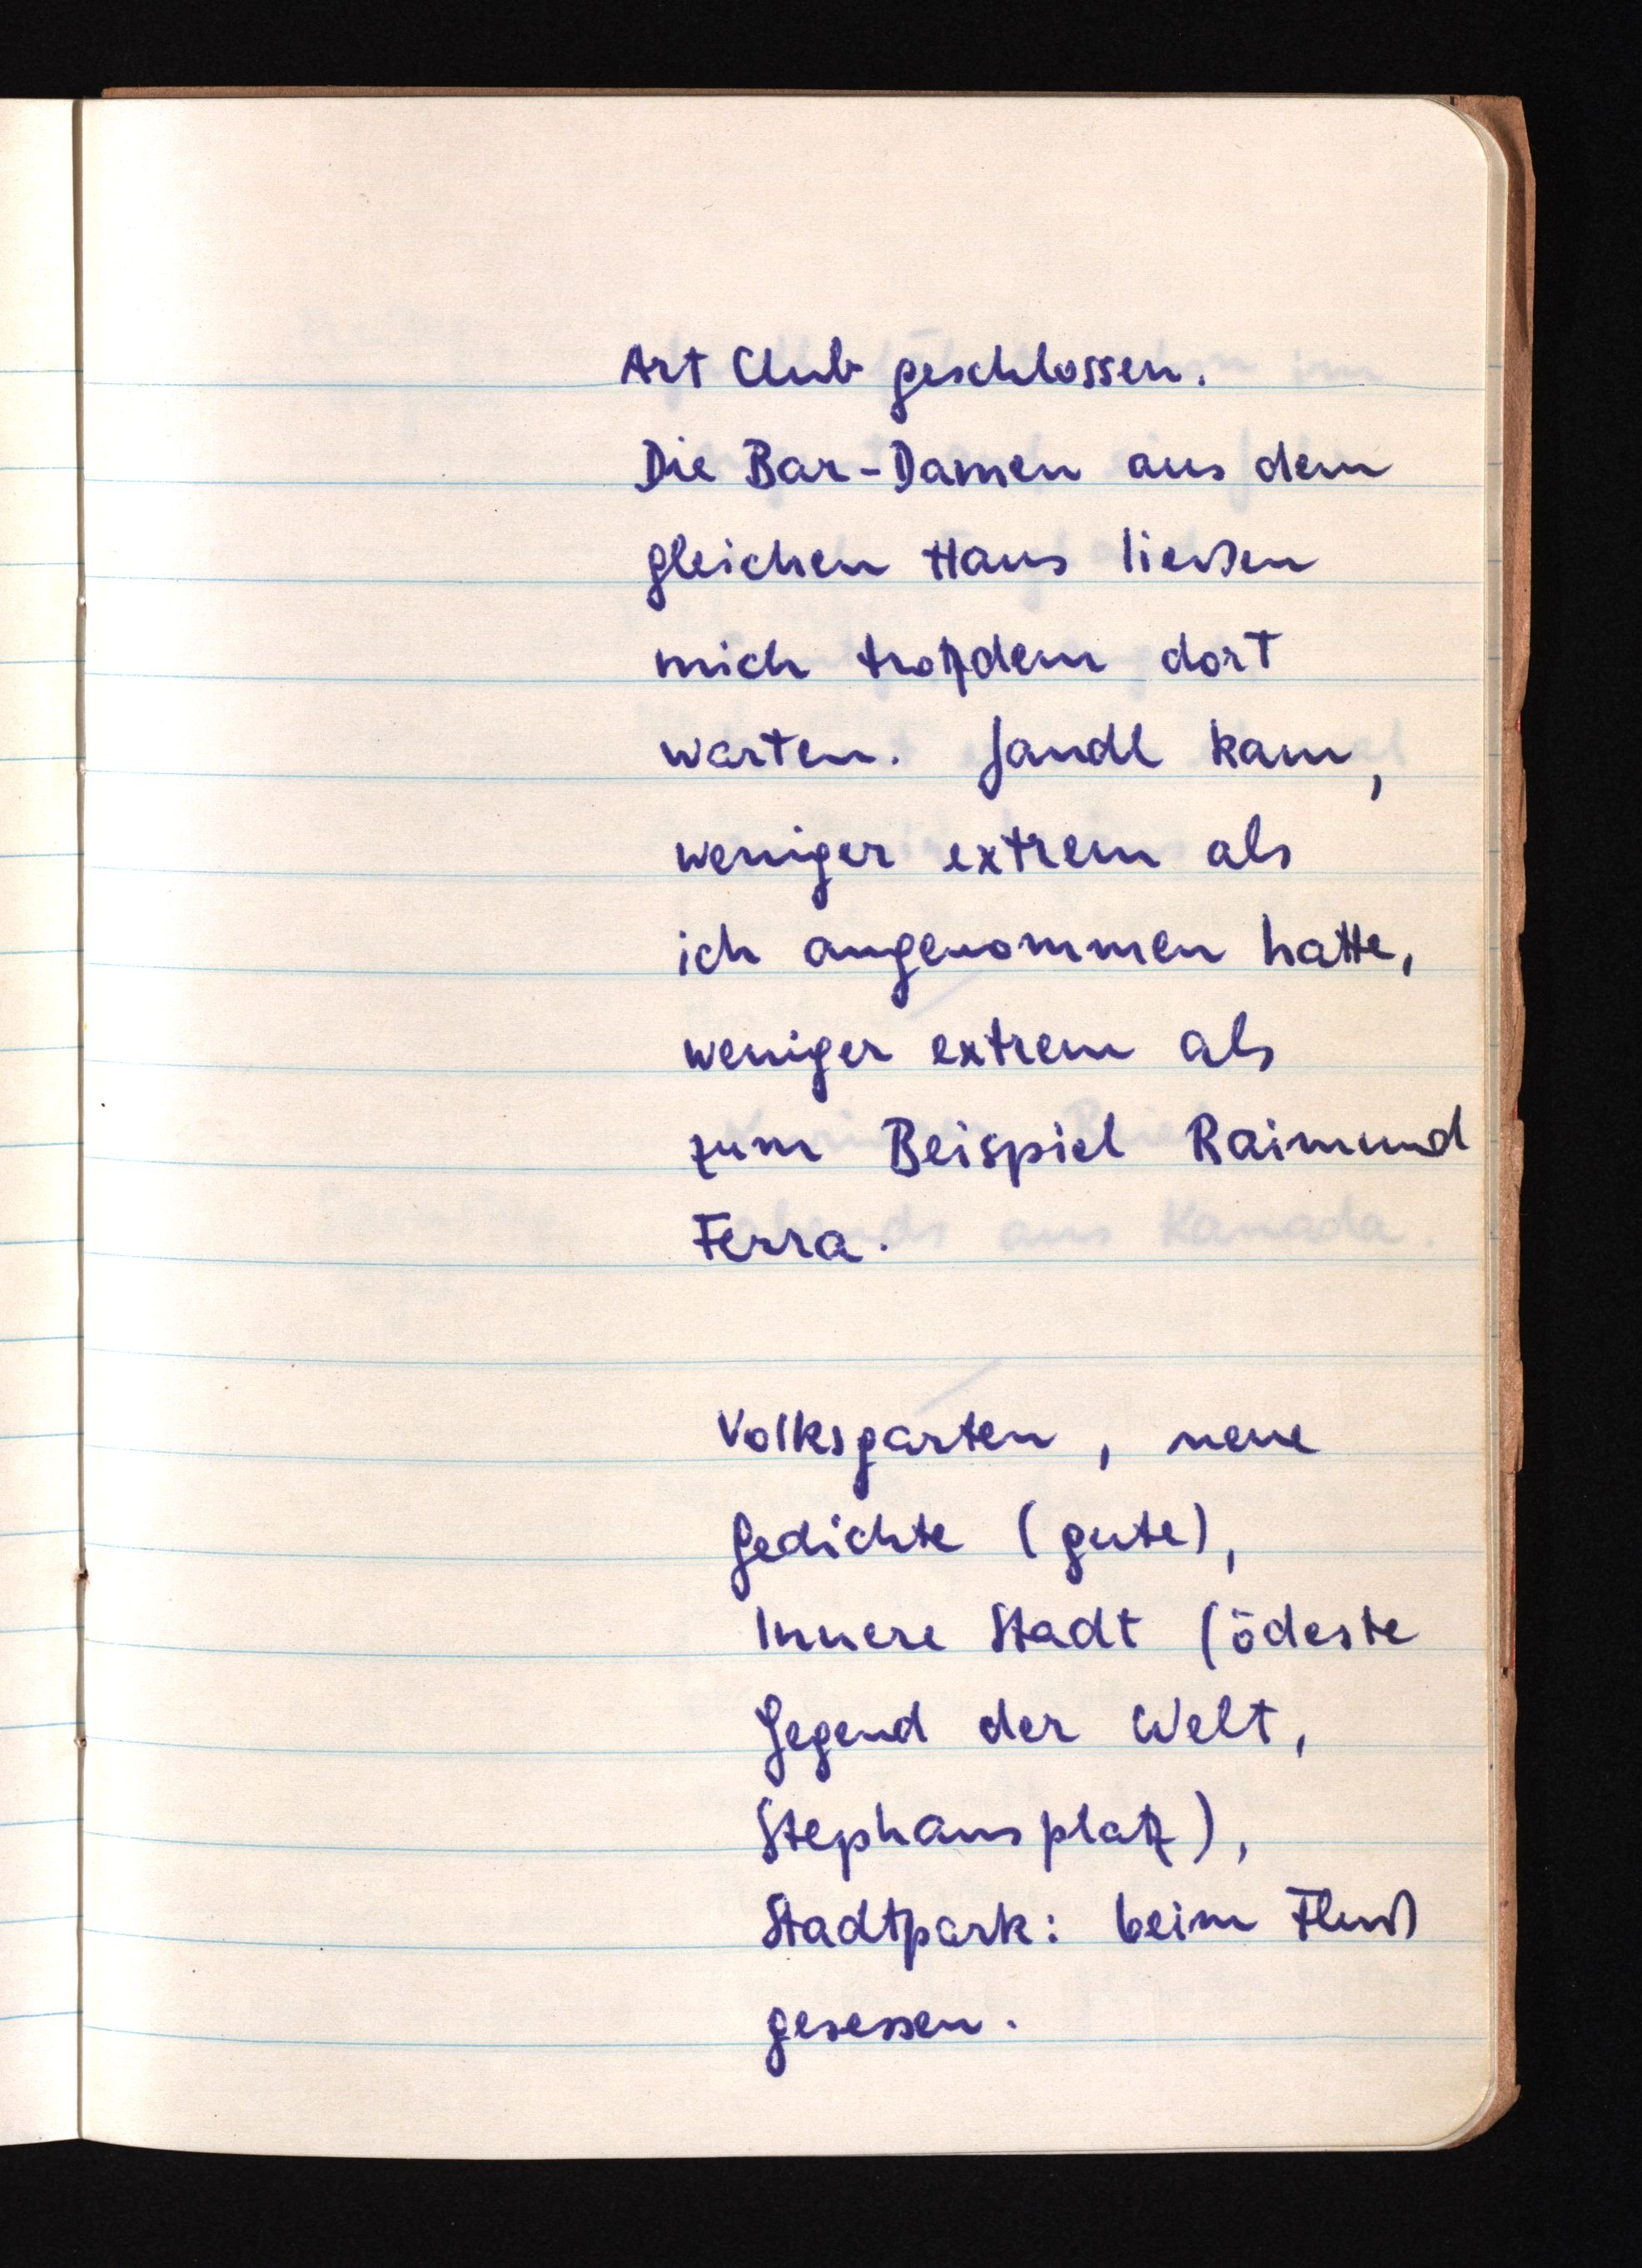
Art Club geschlossen.
Die Bar-Damen aus dem
gleichen Haus ließen
mich trotzdem dort
warten. Jandl kam,
weniger extrem als
ich angenommen hatte,
weniger extrem als
zum Beispiel Raimund
Ferra.
Volksgarten, neue
Gedichte (gute),
Innere Stadt (ödeste
Gegend der Welt,
Stephansplatz),
Stadtpark: beim Fluß
gesessen.